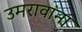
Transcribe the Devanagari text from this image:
उमरावांना